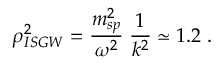
\rho _ { I S G W } ^ { 2 } = \frac { m _ { s p } ^ { 2 } } { \omega ^ { 2 } } \; \frac { 1 } { k ^ { 2 } } \simeq 1 . 2 \; .